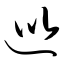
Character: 巡